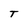
Character: T